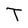
Character: T